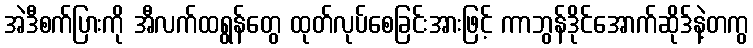
အဲဒီစက်ပြားကို အီလက်ထရွန်တွေ ထုတ်လုပ်စေခြင်းအားဖြင့် ကာဘွန်ဒိုင်အောက်ဆိုဒ်နဲ့တကွ